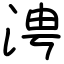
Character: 涄